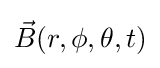
{\vec {B}}(r,\phi ,\theta ,t)